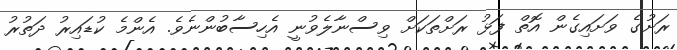
ރަށުގެ ވަށައިގެން އޮތް ފަޅު ރަށްތަކަށް ވިސްނާލެވުނީ އެހިސާބުންނެވެ. އެންމެ ކުޑައިރު ދަތުރު